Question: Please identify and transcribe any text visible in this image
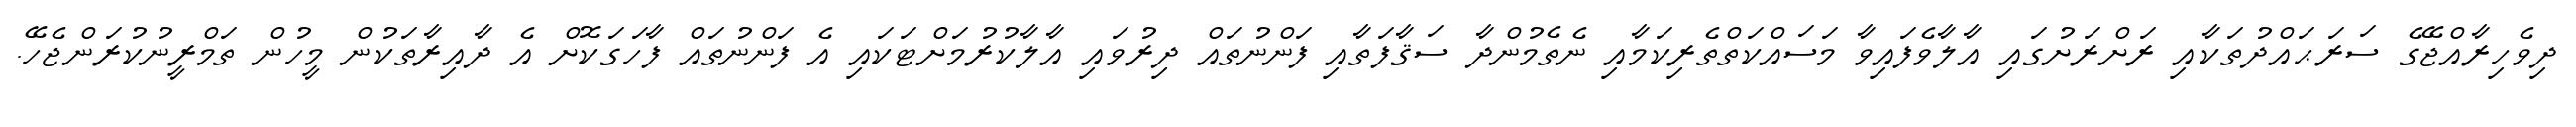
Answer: ދިވެހިރާއްޖޭގެ ސަރަޙައްދުތަކާއި ރަށްރަށުގައި އާލާވެފައިވާ މަސައްކަތްތެރިކަމާއި ނެތެމުންދާ ސަޤާފަތާއި ފަންނުތައް ދިރުވައި އާލާކުރުމަށްޓަކައި އެ ފަންނުތައް ފާހަގަކޮށް އެ ދާއިރާތަކުން މީހުން ތަމްރީނުކުރަންޖެހޭ.